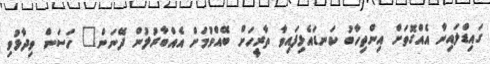
ގައިޑްލައިނާ އެއްގޮތަށް އިންތިހާބު ކަނޑައެޅިފައިވާ ތާރީހަށް ބޭއްވުމަށް އެއްބާރުލުން ދޭނަން" ހަސަން ވިދާޅުވި